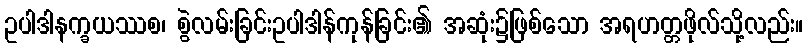
ဥပါဒါနက္ခယဿစ၊ စွဲလမ်းခြင်းဥပါဒါန်ကုန်ခြင်း၏ အဆုံး၌ဖြစ်သော အရဟတ္တဖိုလ်သို့လည်း။